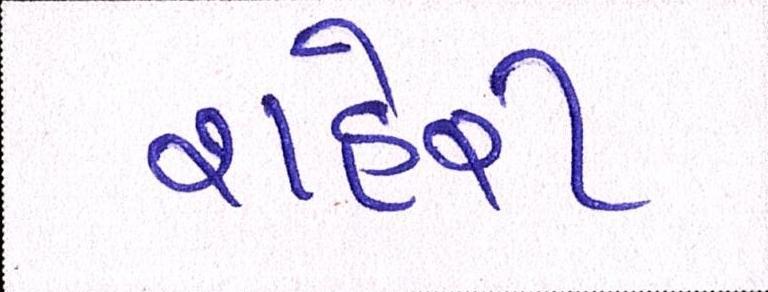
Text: શહેરી